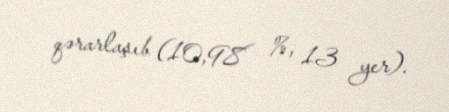
qərarlaşıb (10,98 %, 13 yer).